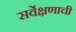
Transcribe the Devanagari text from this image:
सर्वेक्षणाची